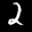
Label: 2